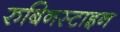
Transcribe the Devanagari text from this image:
रुबिनस्टाइन